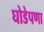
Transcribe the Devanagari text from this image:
घोडेपणा